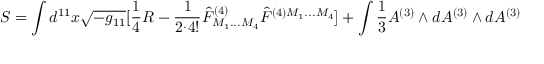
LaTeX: S = \int d ^ { 1 1 } x \sqrt { - g _ { 1 1 } } [ { \frac { 1 } { 4 } } R - { \frac { 1 } { 2 ^ { . } 4 ! } } \hat { F } _ { M _ { 1 } . . . M _ { 4 } } ^ { ( 4 ) } \hat { F } ^ { ( 4 ) M _ { 1 } . . . M _ { 4 } } ] + \int { \frac { 1 } { 3 } } A ^ { ( 3 ) } \wedge d A ^ { ( 3 ) } \wedge d A ^ { ( 3 ) }